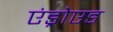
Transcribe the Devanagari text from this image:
एंड्रोएड